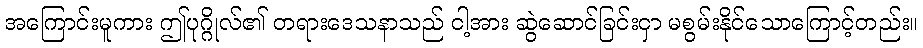
အကြောင်းမူကား ဤပုဂ္ဂိုလ်၏ တရားဒေသနာသည် ငါ့အား ဆွဲဆောင်ခြင်းငှာ မစွမ်းနိုင်သောကြောင့်တည်း။